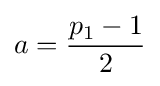
a={\frac {p_{1}-1}{2}}